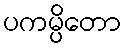
ပကမ္ပိတော